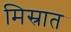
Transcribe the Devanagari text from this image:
मिस्रात